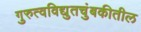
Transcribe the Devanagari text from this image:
गुरुत्वविद्युतचुंबकीतील